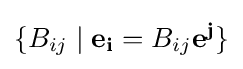
\{B_{ij}\mid \mathbf {e_{i}} =B_{ij}\mathbf {e^{j}} \}